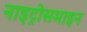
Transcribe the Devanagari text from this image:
नाइट्रोसमाइन